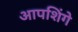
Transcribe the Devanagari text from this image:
आपशिंगे